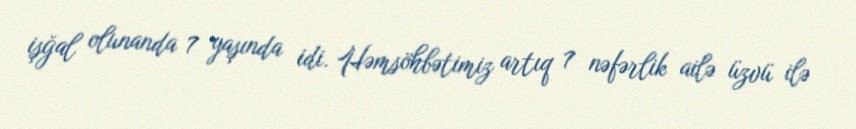
işğal olunanda 7 yaşında idi. Həmsöhbətimiz artıq 7 nəfərlik ailə üzvü ilə